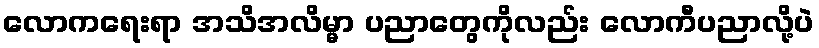
လောကရေးရာ အသိအလိမ္မာ ပညာတွေကိုလည်း လောကီပညာလို့ပဲ